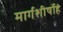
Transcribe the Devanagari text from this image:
मार्गशीर्षोहं